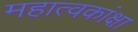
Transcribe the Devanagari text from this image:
महात्वकांक्षा